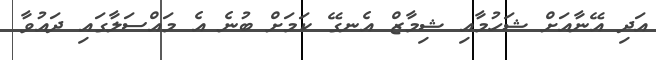
އަދި އޭނާއަށް ޝަހުމާއި ޝިމާޒް އެނގޭ ކަމަށް ބުނެ އެ މައްސަލާގައި ދައުވާ